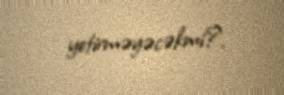
yetirməyəcəkmi?.